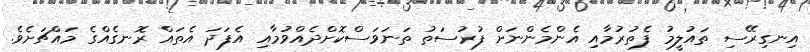
އިނގިރޭސި ތައުލީމު ފެތުރުމާއި އެންމެންނަށް ފުރުސަތު ތަނަވަސްކޮށްދެއްވުމާއި އެފަދަ އެތައް ރޮނގެއްގެ މައްޗަށެވެ.